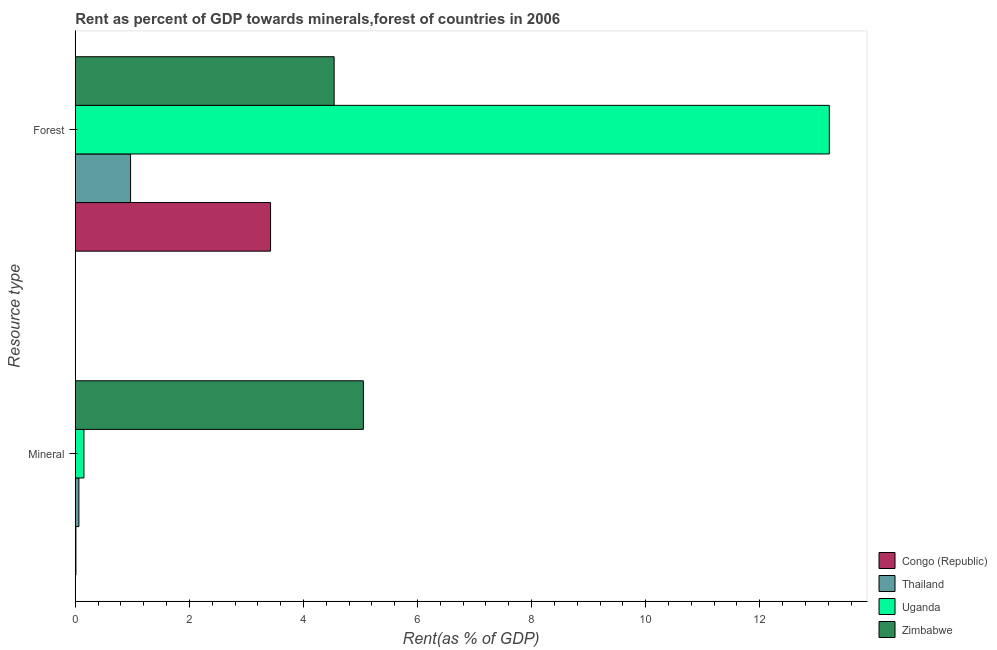
| Resource type | Congo (Republic) | Thailand | Uganda | Zimbabwe |
 | --- | --- | --- | --- | --- |
 | Mineral | 0.0109 | 0.0632 | 0.152 | 5.05 |
 | Forest | 3.42 | 0.969 | 13.2 | 4.54 |